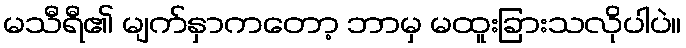
မသီရီ၏ မျက်နှာကတော့ ဘာမှ မထူးခြားသလိုပါပဲ။